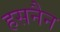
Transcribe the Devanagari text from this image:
हसनैन